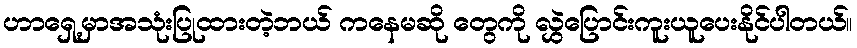
ဟာရှေ့မှာအသုံးပြုထားတဲ့ဘယ် ကနေမဆို တွေကို လွှဲပြောင်းကူးယူပေးနိုင်ပါတယ်။